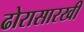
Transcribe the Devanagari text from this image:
ढोरासारखी